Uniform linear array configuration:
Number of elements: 16
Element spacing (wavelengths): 0.5
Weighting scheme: cosine
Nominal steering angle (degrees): -15
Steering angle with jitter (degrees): -14.683
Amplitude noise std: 0.05
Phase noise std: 0.05

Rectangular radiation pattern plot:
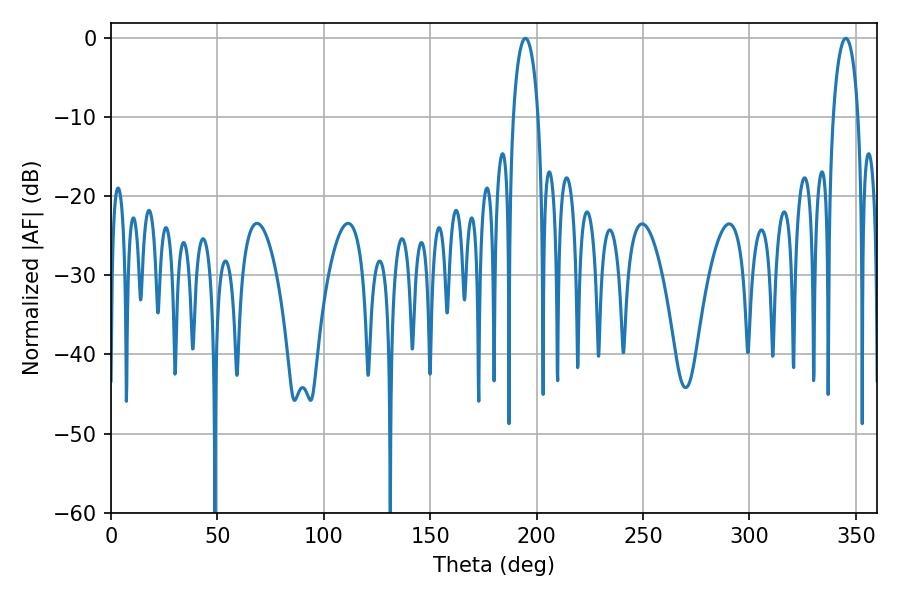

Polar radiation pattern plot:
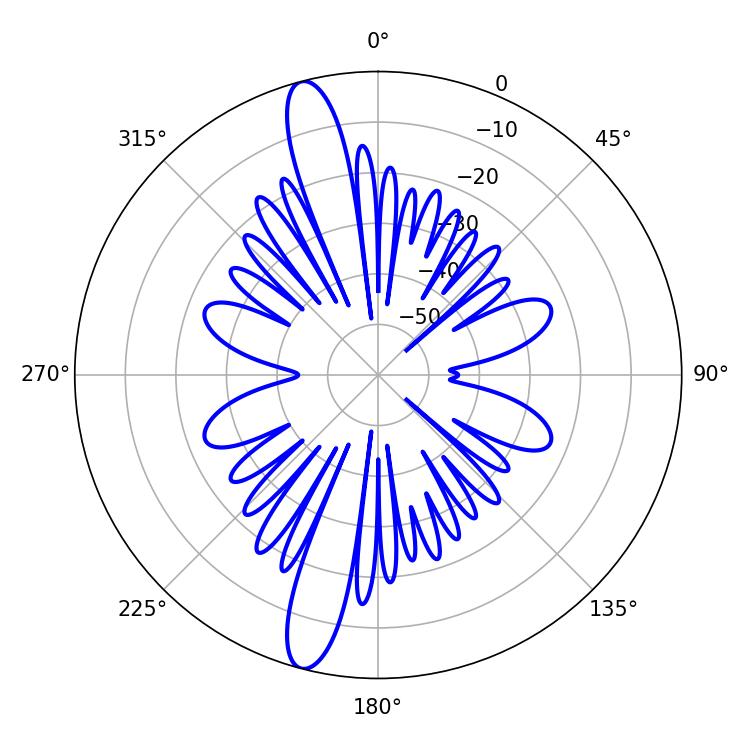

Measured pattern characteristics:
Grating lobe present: FALSE
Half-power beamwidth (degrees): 6.84
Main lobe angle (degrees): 194.76